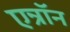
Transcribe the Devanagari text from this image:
एन्रॉन